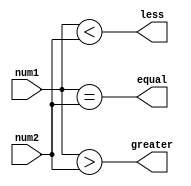
module signed_mag_comparator(
    input signed [7:0] num1, // Signed magnitude input number 1
    input signed [7:0] num2, // Signed magnitude input number 2
    output wire greater, // Output signal indicating num1 is greater than num2
    output wire less, // Output signal indicating num1 is less than num2
    output wire equal // Output signal indicating num1 is equal to num2
);

assign greater = (num1 > num2);
assign less = (num1 < num2);
assign equal = (num1 == num2);

endmodule